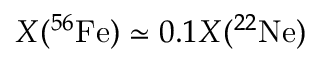
X ( ^ { 5 6 } \mathrm { F e } ) \simeq 0 . 1 X ( ^ { 2 2 } \mathrm { N e } )